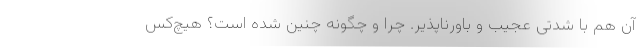
آن هم با شدتی عجیب و باورناپذیر. چرا و چگونه چنین شده است؟ هیچ‌کس